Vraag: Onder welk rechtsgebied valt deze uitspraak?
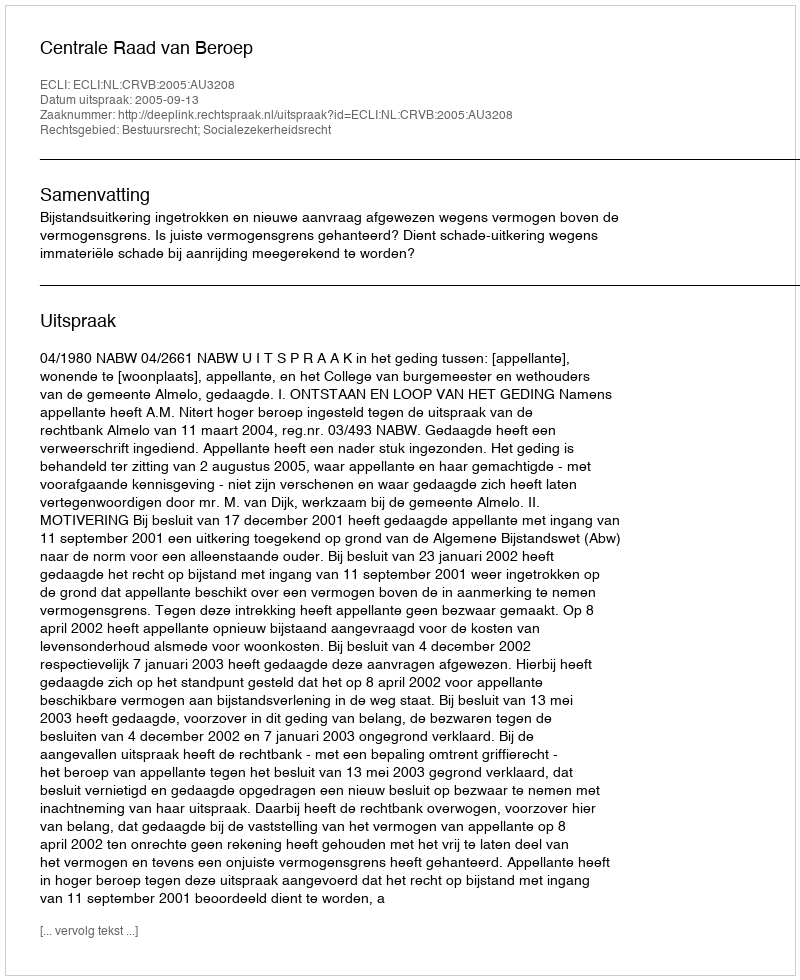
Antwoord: Bestuursrecht; Socialezekerheidsrecht